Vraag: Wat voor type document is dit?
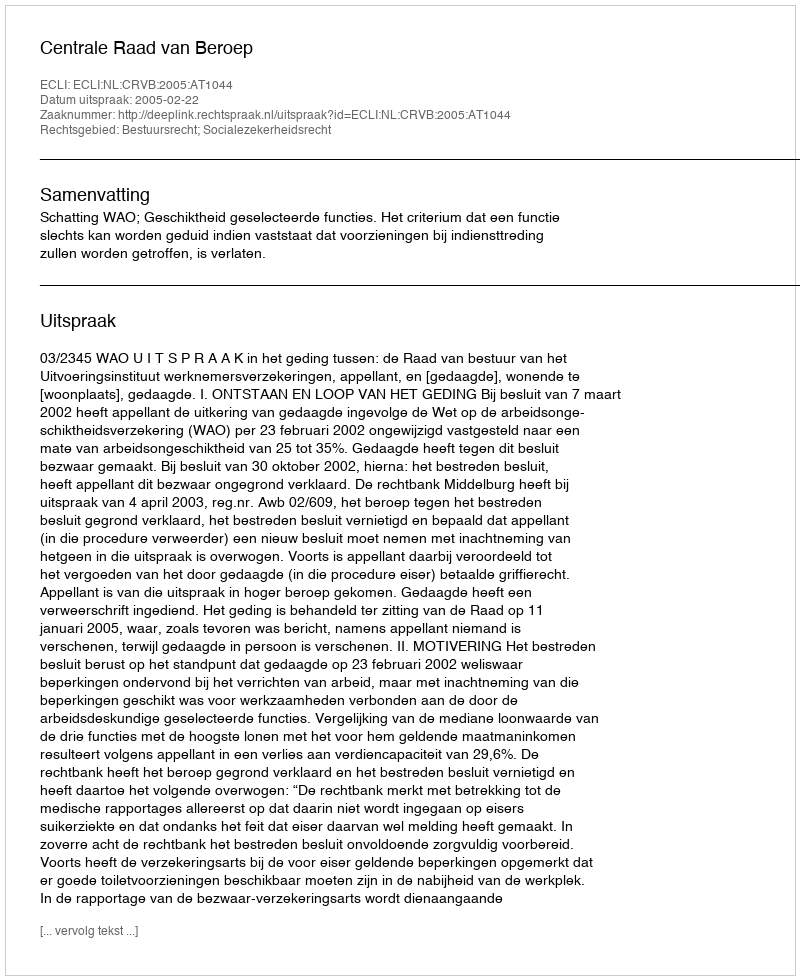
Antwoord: Uitspraak